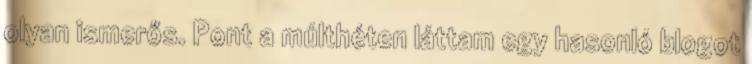
olyan ismerős. Pont a múlthéten láttam egy hasonló blogot